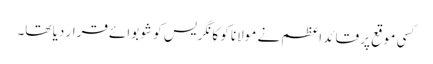
کسی موقع پر قائد اعظم نے مولانا کو کانگریس کو شو بوائے قرار دیا تھا۔